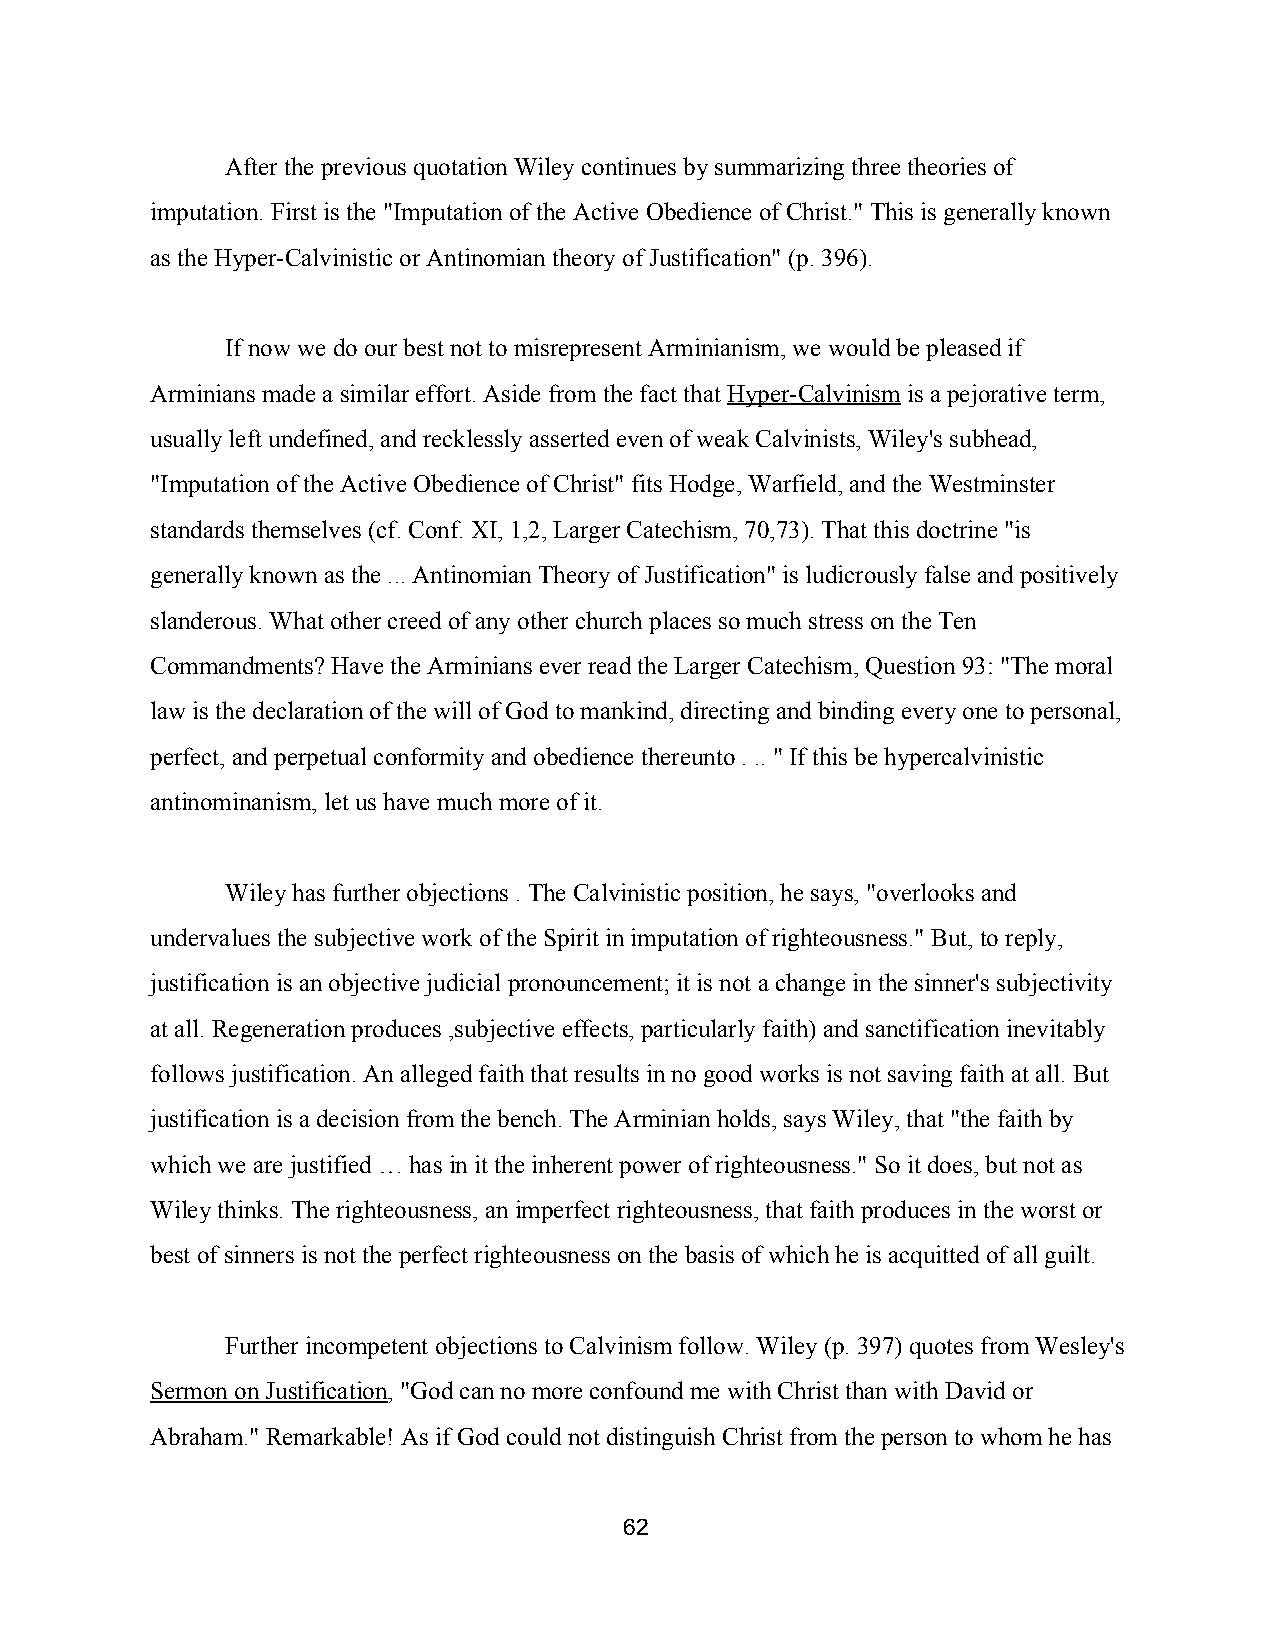
After the previous quotation Wiley continues by summarizing three theories of
 imputation. First is the "Imputation of the Active Obedience of Christ." This is generally known
 as the Hyper­Calvinistic or Antinomian theory of Justification" (p. 396).
 If now we do our best not to misrepresent Arminianism, we would be pleased if
 Arminians made a similar effort. Aside from the fact that Hyper­Calvinism is a pejorative term,
 ​           ​
 usually left undefined, and recklessly asserted even of weak Calvinists, Wiley's subhead,
 "Imputation of the Active Obedience of Christ" fits Hodge, Warfield, and the Westminster
 standards themselves (cf. Conf. XI, 1,2, Larger Catechism, 70,73). That this doctrine "is
 generally known as the ... Antinomian Theory of Justification" is ludicrously false and positively
 slanderous. What other creed of any other church places so much stress on the Ten
 Commandments? Have the Arminians ever read the Larger Catechism, Question 93: "The moral
 law is the declaration of the will of God to mankind, directing and binding every one to personal,
 perfect, and perpetual conformity and obedience thereunto . .. " If this be hypercalvinistic
 antinominanism, let us have much more of it.
 Wiley has further objections . The Calvinistic position, he says, "overlooks and
 undervalues the subjective work of the Spirit in imputation of righteousness." But, to reply,
 justification is an objective judicial pronouncement; it is not a change in the sinner's subjectivity
 at all. Regeneration produces ,subjective effects, particularly faith) and sanctification inevitably
 follows justification. An alleged faith that results in no good works is not saving faith at all. But
 justification is a decision from the bench. The Arminian holds, says Wiley, that "the faith by
 which we are justified … has in it the inherent power of righteousness." So it does, but not as
 Wiley thinks. The righteousness, an imperfect righteousness, that faith produces in the worst or
 best of sinners is not the perfect righteousness on the basis of which he is acquitted of all guilt.
 Further incompetent objections to Calvinism follow. Wiley (p. 397) quotes from Wesley's
 Sermon on Justification, "God can no more confound me with Christ than with David or
 ​
 Abraham." Remarkable! As if God could not distinguish Christ from the person to whom he has
 62